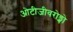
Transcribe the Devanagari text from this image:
ओटीजीवरोङ्गो